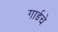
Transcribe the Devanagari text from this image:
गार्डचे